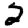
Digit: 2